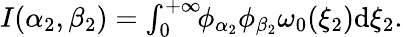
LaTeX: \begin{array}{r}{I(\alpha_{2},\beta_{2})=\int_{0}^{+\infty}\! \! \phi_{\alpha_{2}}\phi_{\beta_{2}}\omega_{0}(\xi_{2})\mathrm{d}\xi_{2}.}\end{array}